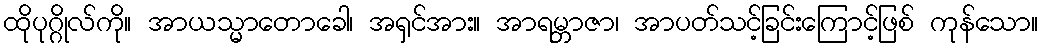
ထိုပုဂ္ဂိုလ်ကို။ အာယသ္မာတောခေါ၊ အရှင်အား။ အာရမ္ဘာဇာ၊ အာပတ်သင့်ခြင်းကြောင့်ဖြစ် ကုန်သော။